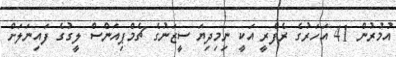
އުމުރުން 41 އަހަރުގެ ރެފްރީ އަކީ ނިމިދިޔަ ސީޒަނުގެ ޗެމްޕިއަންސް ލީގުގެ ފައިނަލަށް